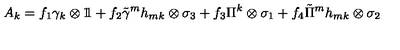
A _ { k } = f _ { 1 } \gamma _ { k } \otimes 1 \! \! 1 + f _ { 2 } \tilde { \gamma } ^ { m } h _ { m k } \otimes \sigma _ { 3 } + f _ { 3 } \Pi ^ { k } \otimes \sigma _ { 1 } + f _ { 4 } \tilde { \Pi } ^ { m } h _ { m k } \otimes \sigma _ { 2 }